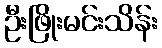
ဦးဖြိုးမင်းသိန်း